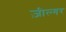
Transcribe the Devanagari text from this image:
ज़ील्‍गर